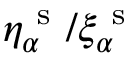
\eta _ { \alpha } ^ { \mathrm { ~ s ~ } } / \xi _ { \alpha } ^ { \mathrm { ~ s ~ } }